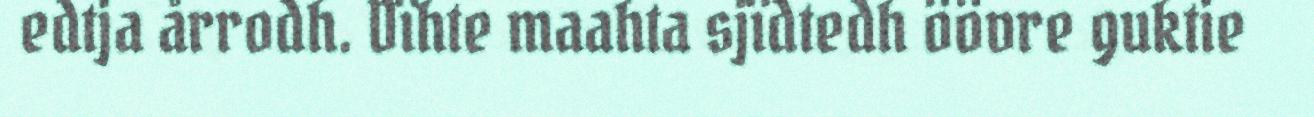
edtja årrodh. Dïhte maahta sjïdtedh öövre guktie